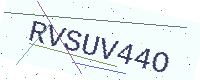
Text: RVSUV44O